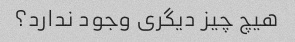
هیچ چیز دیگری وجود ندارد؟